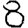
Digit: 8